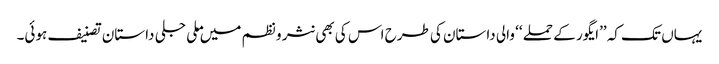
یہاں تک کہ ’’ایگور کے حملے ‘‘ والی داستان کی طرح اس کی بھی نثر و نظم میں ملی جلی داستان تصنیف ہوئی۔